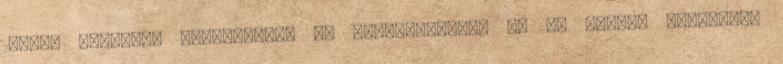
173-as Airborne Brigádjának fő hadiszállása, és az itteni kifutóról